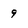
Character: 9